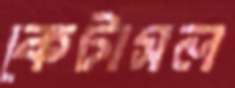
কেটাসল